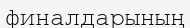
финалдарының